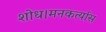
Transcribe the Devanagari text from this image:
शोध।मनकर्त्यास